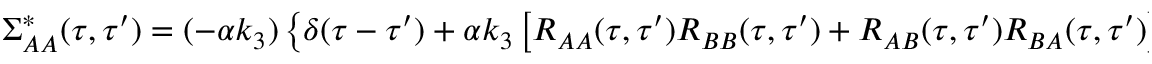
{ } \Sigma _ { A A } ^ { * } ( \tau , \tau ^ { \prime } ) = ( - \alpha k _ { 3 } ) \left\{ \delta ( \tau - \tau ^ { \prime } ) + \alpha k _ { 3 } \left[ R _ { A A } ( \tau , \tau ^ { \prime } ) R _ { B B } ( \tau , \tau ^ { \prime } ) + R _ { A B } ( \tau , \tau ^ { \prime } ) R _ { B A } ( \tau , \tau ^ { \prime } ) \right] \right\} ^ { - 1 } \mu _ { B } ( \tau ^ { \prime } )